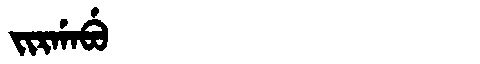
Manchu: ᠵᡳᡵᡤᠠᠪᡠ
Romanization: JIRGABU